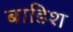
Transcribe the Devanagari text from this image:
बाडिश